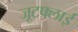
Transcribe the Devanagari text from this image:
जूटफ्लाई